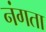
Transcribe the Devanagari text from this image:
नंगता